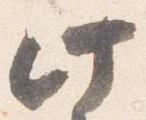
此